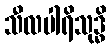
သီလပါရိသုဒ္ဓိ